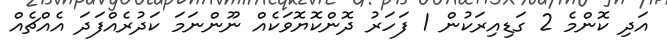
އަދި ކޮންމެ 2 ގަޑިއިރަކުން 1 ފަހަރު ދޮންކޮޔޮވަކެއް ނޫންނަމަ ކަދުރެއްފަދަ އެއްޗެއް